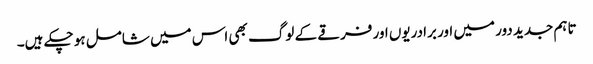
تاہم جدید دور میں اور برادریوں اور فرقے کے لوگ بھی اس میں شامل ہو چکے ہیں۔